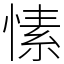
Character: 愫